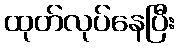
ထုတ်လုပ်နေပြီး